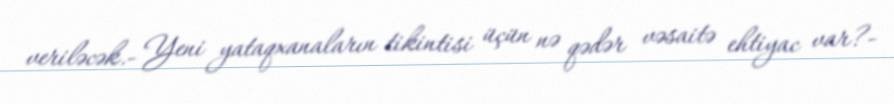
veriləcək.- Yeni yataqxanaların tikintisi üçün nə qədər vəsaitə ehtiyac var?-